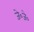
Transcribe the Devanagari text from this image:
जे०जे०